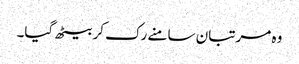
وہ مرتبان سامنے رک کر بیٹھ گیا۔